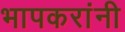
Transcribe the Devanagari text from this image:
भापकरांनी